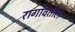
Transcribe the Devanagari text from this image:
रागावतील